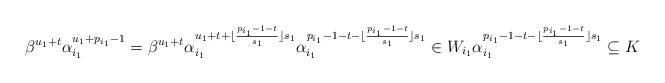
LaTeX: \begin{align*}\beta^{u_1+t} \alpha_{i_1}^{u_1+p_{i_1}-1} = \beta^{u_1+t} \alpha_{i_1}^{u_1+t+ \lfloor \frac{p_{i_1}-1-t}{s_1} \rfloor s_1}\alpha_{i_1}^{p_{i_1}-1-t - \lfloor \frac{p_{i_1}-1-t}{s_1} \rfloor s_1} \in W_{i_1} \alpha_{i_1}^{p_{i_1}-1-t - \lfloor \frac{p_{i_1}-1-t}{s_1} \rfloor s_1} \subseteq K\end{align*}